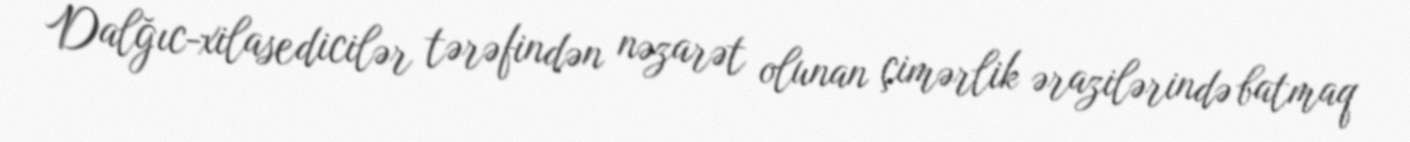
Dalğıc-xilasedicilər tərəfindən nəzarət olunan çimərlik ərazilərində batmaq